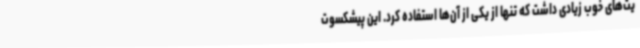
یت‌های خوب زیادی داشت که تنها از یکی از آن‌ها استفاده کرد. این پیشکسوت